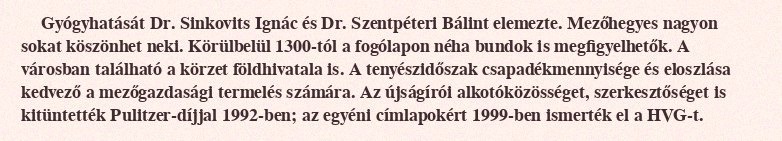
Gyógyhatását Dr. Sinkovits Ignác és Dr. Szentpéteri Bálint elemezte. Mezőhegyes nagyon sokat köszönhet neki. Körülbelül 1300-tól a fogólapon néha bundok is megfigyelhetők. A városban található a körzet földhivatala is. A tenyészidőszak csapadékmennyisége és eloszlása kedvező a mezőgazdasági termelés számára. Az újságírói alkotóközösséget, szerkesztőséget is kitüntették Pulitzer-díjjal 1992-ben; az egyéni címlapokért 1999-ben ismerték el a HVG-t.